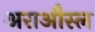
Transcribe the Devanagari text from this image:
अराऔस्ल